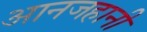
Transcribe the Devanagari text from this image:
आनजहानी